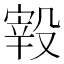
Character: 𣪮